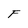
Character: F